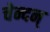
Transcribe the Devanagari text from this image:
चेन्दन्